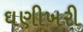
ઘણીખરી